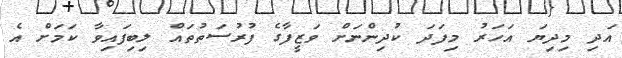
އަދި މިދިޔަ އަހަރު މިފަދަ ކުދިންނަށް ވަޒީފާގެ ފުރުސަތުތައް ލިބިފައިވާ ކަމަށް އެ